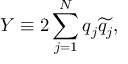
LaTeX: Y \equiv 2 \sum _ { j = 1 } ^ { N } q _ { j } \widetilde { q _ { j } } ,